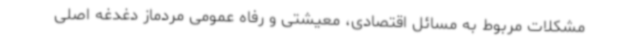
مشکلات مربوط به مسائل اقتصادی، معیشتی و رفاه عمومی مردماز دغدغه اصلی